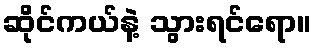
ဆိုင်ကယ်နဲ့ သွားရင်ရော။